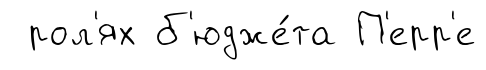
рол'ях б'юдже́та П'ерр'е